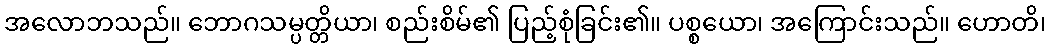
အလောဘသည်။ ဘောဂသမ္ပတ္တိယာ၊ စည်းစိမ်၏ ပြည့်စုံခြင်း၏။ ပစ္စယော၊ အကြောင်းသည်။ ဟောတိ၊